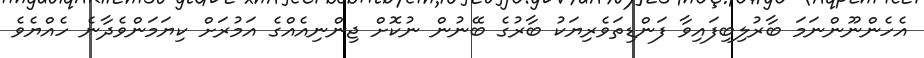
އެހެންނޫންނަމަ ބާރުލިބިފައިވާ ފަންޑިތަވެރިޔަކު ބާރުގެ ބޭނުން ނުކޮށް ޖިންނިއެއްގެ އަމުރަށް ކިޔަމަންވެދާނެ ހެއްޔެވެ